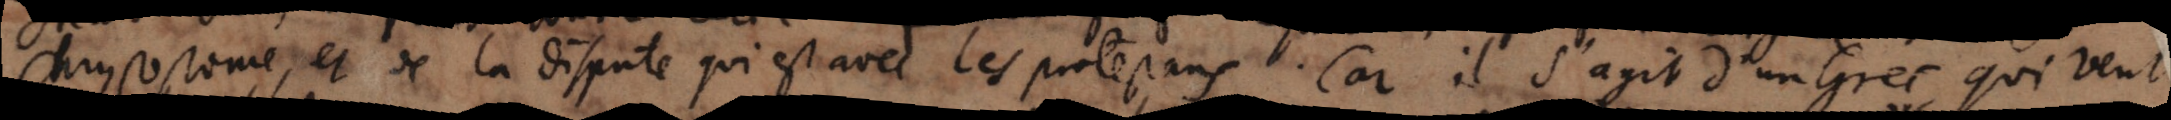
Chrysostome, et de la dispute qui est avec les protestans. Car il s’agit d’un Grec qui veut